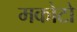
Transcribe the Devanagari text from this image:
मकोटो